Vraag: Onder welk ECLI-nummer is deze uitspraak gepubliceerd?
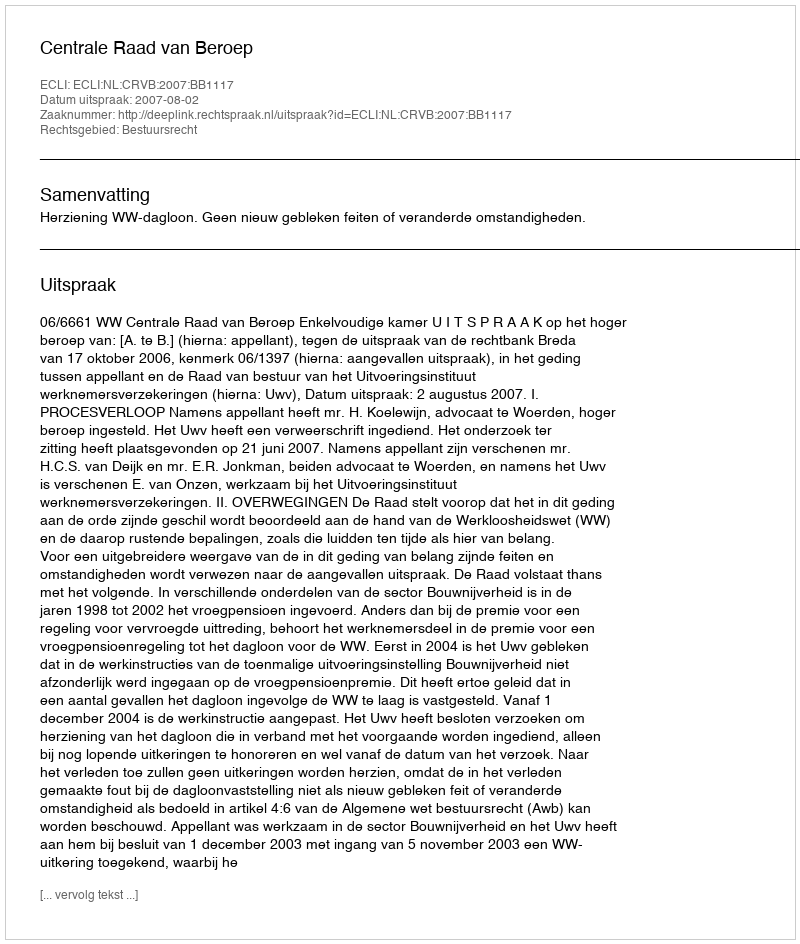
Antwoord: ECLI:NL:CRVB:2007:BB1117